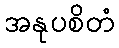
အနုပစိတံ